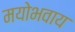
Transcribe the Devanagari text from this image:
मयोभवाय